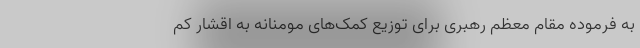
به فرموده مقام معظم رهبری برای توزیع کمک‌های مومنانه به اقشار کم‌